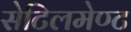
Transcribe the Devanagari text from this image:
सेटिलमेण्ट